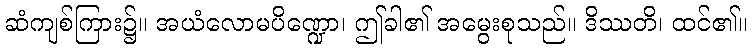
ဆံကျစ်ကြား၌။ အယံလောမပိဏ္ဍော၊ ဤခါ၏ အမွေးစုသည်။ ဒိဿတိ၊ ထင်၏။